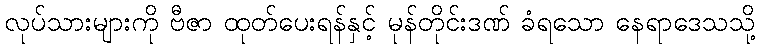
လုပ်သားများကို ဗီဇာ ထုတ်ပေးရန်နှင့် မုန်တိုင်းဒဏ် ခံရသော နေရာဒေသသို့